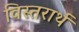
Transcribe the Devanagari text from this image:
विस्तरार्थ